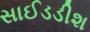
સાઈડડીશ